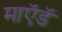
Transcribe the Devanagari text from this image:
माऍडॅ